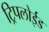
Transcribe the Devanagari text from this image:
ट्रिपलोईड